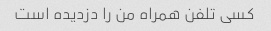
کسی تلفن همراه من را دزدیده است